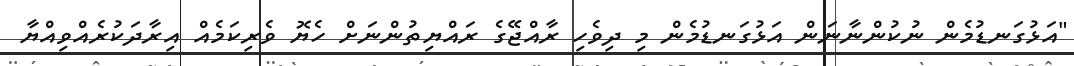
"އަޅުގަނޑުމެން ނުކުންނާނަން އަޅުގަނޑުމެން މި ދިވެހި ރާއްޖޭގެ ރައްޔިތުންނަށް ހެޔޮ ވެރިކަމެއް އިރާދަކުރެއްވިއްޔާ